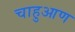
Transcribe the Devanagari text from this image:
चाहुआण